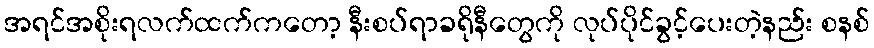
အရင်အစိုးရလက်ထက်ကတော့ နီးစပ်ရာခရိုနီတွေကို လုပ်ပိုင်ခွင့်ပေးတဲ့နည်း စနစ်